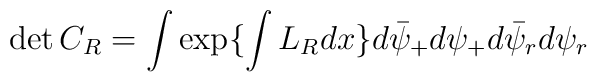
\det{C}_R= \int \exp \{ \int L_R dx \}d \bar{\psi}_+d \psi_+d \bar{\psi}_rd \psi_r